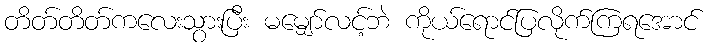
တိတ်တိတ်ကလေးသွားပြီး မမျှော်လင့်ဘဲ ကိုယ်ရောင်ပြလိုက်ကြရအောင်